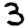
Digit: 3